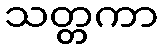
သတ္တကာ